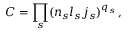
C = \prod _ { s } ( n _ { s } l _ { s } j _ { s } ) ^ { q _ { s } } \, ,